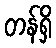
တန်ရှိ